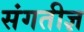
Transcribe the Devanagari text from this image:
संगतीज्ञ